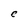
Character: C